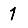
Digit: 1